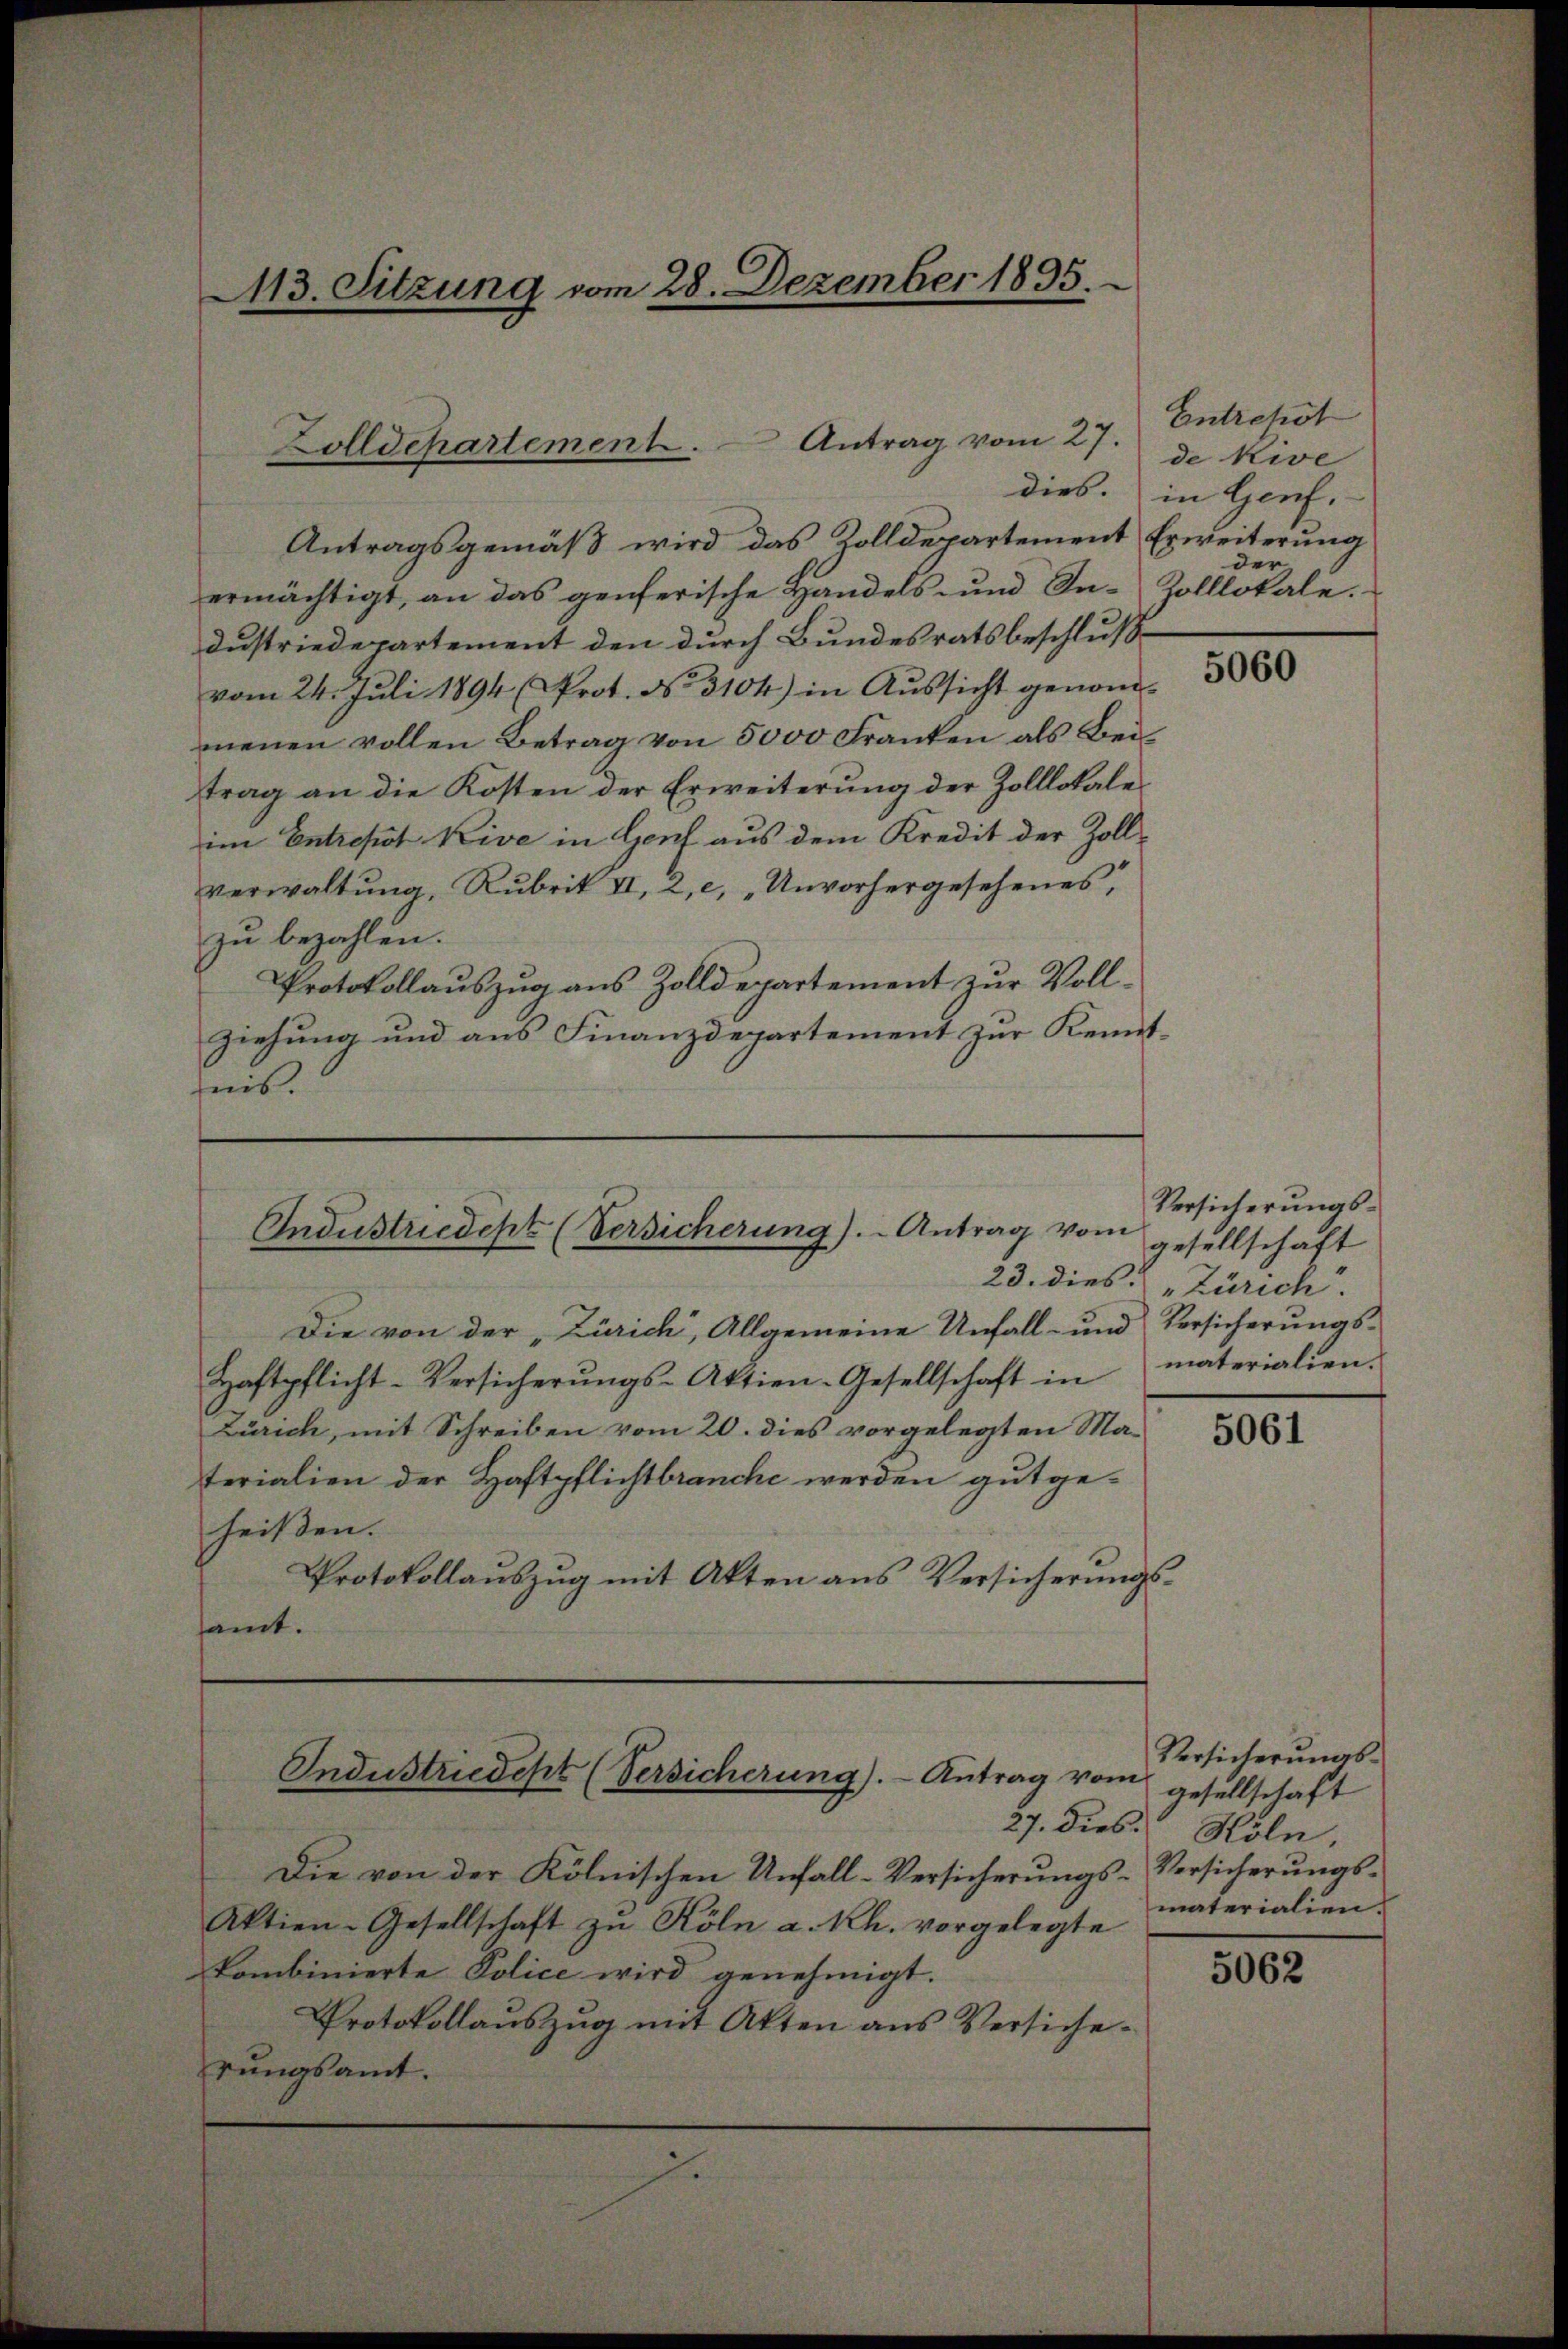
113. Sitzung vom 28. Dezember 1895.

Zolldepartement. Antrag vom 27.

Industriedept (Versicherung). Antrag vom

Industriedept (Versicherung). Antrag vom

Antragsgemäß wird das Rolldepartement Erweiterung
ermächtigt, an das genferische Handels und In- Zolllokale.
dustriedepartement den durch Bundesratsbeschlusvom 24. Juli 1894 (Prot. No. 3104) in Aussicht genommenen vollen Betrag von 5000 Franken als Bei
trag an die Kosten der Erweiterŭng der Zolllokales
im Entrepot Kive in Genf aus dem Kredit der Zoll¬
Verwaltung, Rubrik II, 2, c, „Unvorhergesehenes,
zu bezahlen.
Protokollauszug aus Zolldepartement zur Vollziehung und aus Finanzdepartement zur Kennthnis.

.

Entrepot
de Kive
dies. in Genf.
der,

Die von der „Zürich, Allgemeine Unfall- und Versicherungs-
Haftpflicht-Versicherŭngs-Aktien-Gesellschaft in materialien.
Zürich, mit Schreiben vom 20. dies vorgelegten Ma-
terialien der Haftpflichtbranche werden gutgeheißen.
Protokollauszug mit Akten aus Versicherungssamt.

Die von der Kölnischen Unfall-Versicherungs¬
Aktien-Gesellschaft zŭ Köln a. Rh. vorgelegte
Kombinierte Police wird genehmigt.
Protokollauszug mit Akten aus Versicherŭngsamt.

5060

Versicherungsgesellschaft
23. dies u Zürich.

5061

Versicherungsgesellschaft
27. dies Köln,
Versicherungsmaterialien.

5062